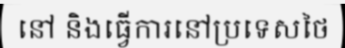
នៅ និងធ្វើការនៅប្រទេសថៃ